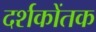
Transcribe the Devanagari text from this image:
दर्शकोंतक